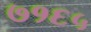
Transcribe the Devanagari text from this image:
७१६५